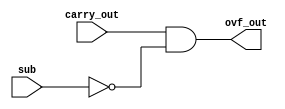
    module ovf_block (carry_out , sub , ovf_out);
input carry_out , sub;
output reg ovf_out;
always@(*)
begin
    ovf_out = carry_out & ~sub;
end
endmodule